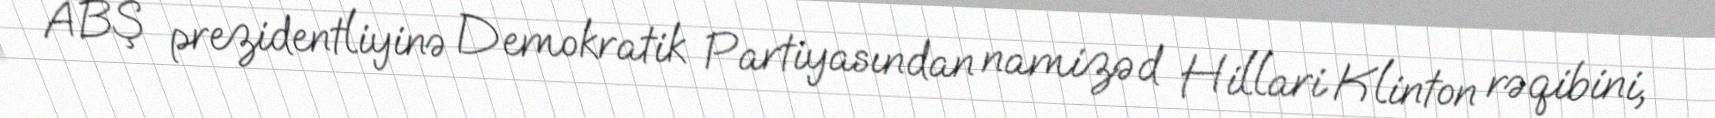
ABŞ prezidentliyinə Demokratik Partiyasından namizəd Hillari Klinton rəqibini,